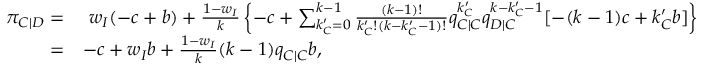
\begin{array} { r l } { \pi _ { C | D } = } & { ~ w _ { I } ( - c + b ) + \frac { 1 - w _ { I } } { k } \left\{ - c + \sum _ { k _ { C } ^ { \prime } = 0 } ^ { k - 1 } { \frac { ( k - 1 ) ! } { k _ { C } ^ { \prime } ! ( k - k _ { C } ^ { \prime } - 1 ) ! } q _ { C | C } ^ { k _ { C } ^ { \prime } } q _ { D | C } ^ { k - k _ { C } ^ { \prime } - 1 } [ - ( k - 1 ) c + k _ { C } ^ { \prime } b ] } \right\} } \\ { = } & { - c + w _ { I } b + \frac { 1 - w _ { I } } { k } ( k - 1 ) q _ { C | C } b , } \end{array}